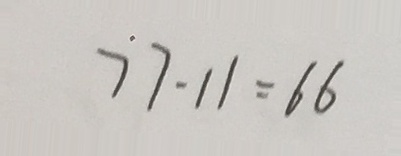
7 7 - 1 1 = 6 6